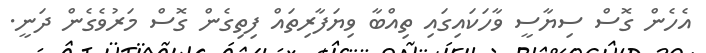
އެހެން ގޮސް ސިޔާސީ ވާހަކައިގައި ތިއްބާ ވިޔަފާރިތައް ފިތިގެން ގޮސް މަރުވެގެން ދަނީ.